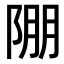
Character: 𨹹